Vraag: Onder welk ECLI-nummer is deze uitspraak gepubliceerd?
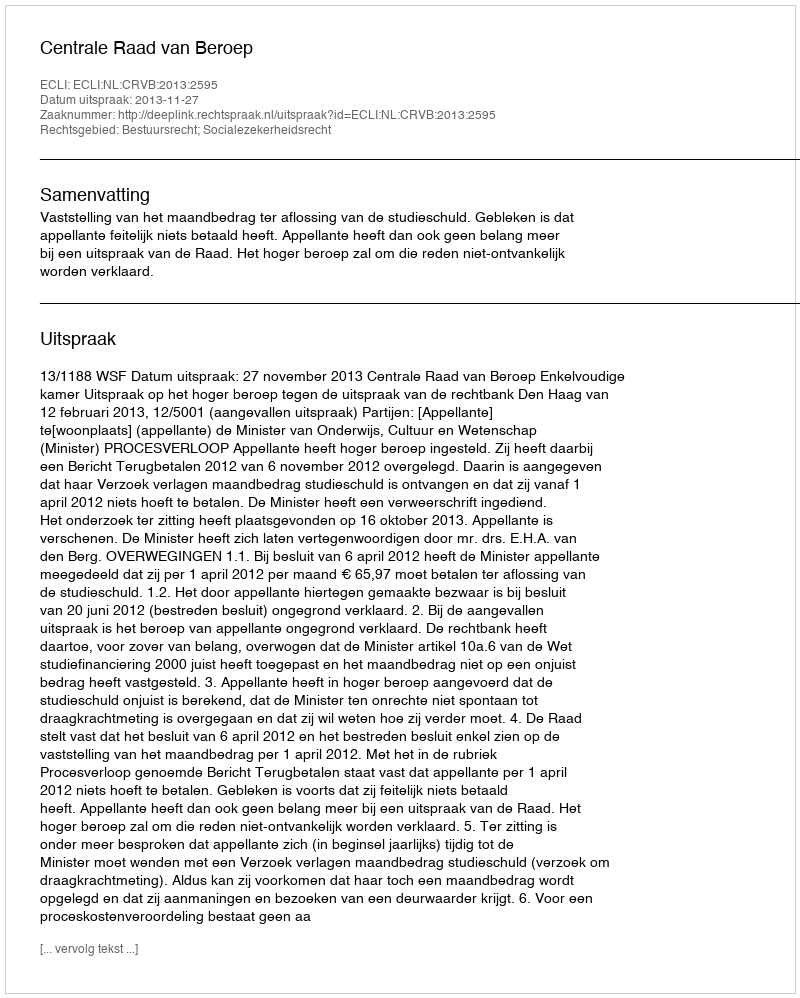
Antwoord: ECLI:NL:CRVB:2013:2595